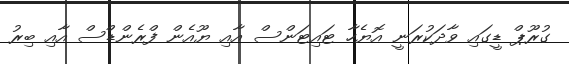
ގުރޫޕް ޑީގައި ވާދަކުރަނީ އޮޔެހާ ޓައިޓަންސް އާއި ޔޫއެން ފްރެންޑްސް އާއި ބިރު